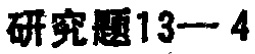
研究题13—4